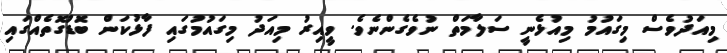
މިއަދުވެސް މިގައުމު މިއުޅެނީ ސަލާމަތް ނުވެގެންނެވެ. ވީއިރު މިއަދު މިގައުމުގައި ފާޅުކަން ބޮޑުގޮތެއްގައި